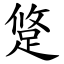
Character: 跾